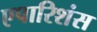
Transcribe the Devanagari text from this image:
एपारिशंस